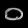
Digit: ၀